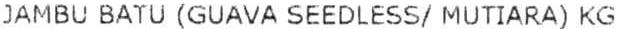
JAMBU BATU (GUAVA SEEDLESS/MUTIARA) KG